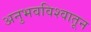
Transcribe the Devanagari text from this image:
अनुभवविश्वातून